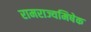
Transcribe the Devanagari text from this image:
रामराज्यमिषेक